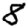
Digit: 8